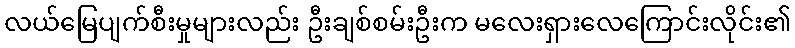
လယ်မြေပျက်စီးမှုများလည်း ဦးချစ်စမ်းဦးက မလေးရှားလေကြောင်းလိုင်း၏